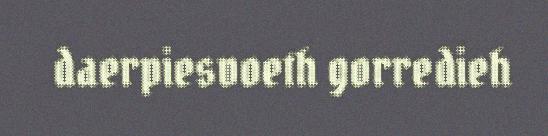
daerpiesvoeth gorredieh